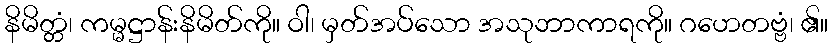
နိမိတ္တံ၊ ကမ္မဋ္ဌာန်းနိမိတ်ကို။ ဝါ၊ မှတ်အပ်သော အသုဘာကာရကို။ ဂဟေတဗ္ဗံ၊ ၏။